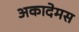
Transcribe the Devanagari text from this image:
अकादेमस